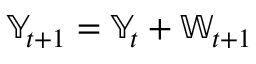
\mathbb { Y } _ { t + 1 } = \mathbb { Y } _ { t } + \mathbb { W } _ { t + 1 }